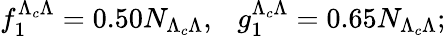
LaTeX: f_{1}^{\Lambda_{c}\Lambda}=0.50N_{\Lambda_{c}\Lambda},~~~g_{1}^{\Lambda_{c}\Lambda}=0.65N_{\Lambda_{c}\Lambda};